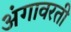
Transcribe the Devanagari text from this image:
अंगावरती